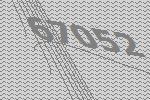
67052